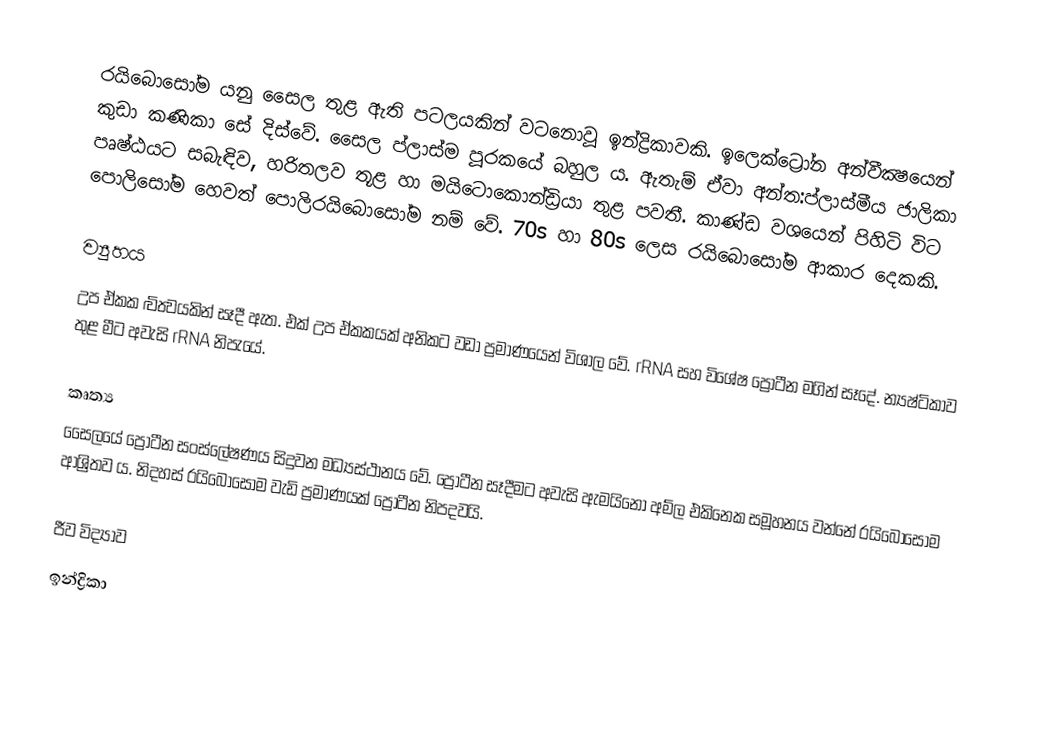
රයිබොසෝම යනු සෛල තුළ ඇති පටලයකින් වටනොවූ ඉන්ද්‍රිකාවකි. ඉලෙක්ට්‍රෝන අන්වීක්‍ෂයෙන් කුඩා කණිකා සේ දිස්වේ. සෛල ප්ලාස්ම පූරකයේ බහුල ය. ඇතැම් ඒවා අන්ත:ප්ලාස්මීය ජාලිකා පෘෂ්ඨයට සබැඳිව, හරිතලව තූළ හා මයිටොකොන්ඩ්‍රියා තුළ පවතී. කාණ්ඩ වශයෙන් පිහිටි විට පොලිසෝම හෙවත් පොලිරයිබොසෝම නම් වේ. 70s හා 80s ලෙස රයිබොසෝම ආකාර දෙකකි.

ව්‍යුහය
උප ඒකක ද්‍විත්‍වයකින් සෑදී ඇත. එක් උප ඒකකයක් අනිකට වඩා ප්‍රමාණයෙන් විශාල වේ. rRNA සහ විශේෂ ප්‍රෝටීන මගින් සෑදේ. න්‍යෂ්ටිකාව තුළ මීට අවැසි rRNA නිපැයේ.

කෘත්‍ය
සෛලයේ ප්‍රෝටීන සංස්ලේෂණය සිදුවන මධ්‍යස්ථානය වේ. ප්‍රෝටීන සෑදීමට අවැසි ඇමයිනෝ අම්ල එකිනෙක සමූහනය වන්නේ රයිබොසෝම ආශ්‍රිතව ය. නිදහස් රයිබොසෝම වැඩි ප්‍රමාණයක් ප්‍රෝටීන නිපදවයි.

ජීව විද්‍යාව
ඉන්ද්‍රිකා